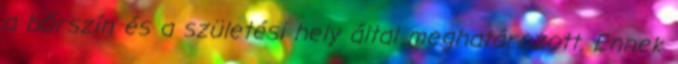
a bőrszín és a születési hely által meghatározott. Ennek